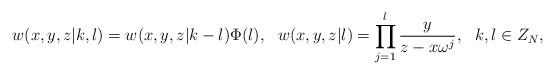
LaTeX: \begin{align*}w(x,y,z|k,l)=w(x,y,z|k-l)\Phi(l),~~w(x,y,z|l)=\prod^{l}_{j=1}\frac{y}{z-x\omega^j},~~k,l\in Z_N,\end{align*}